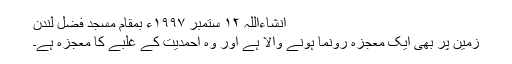
انشاءاللہ ١٢ ستمبر ١٩٩٧ء بمقام مسجد فضل لندن
زمین پر بھی ایک معجزہ رونما ہونے والا ہے اور وہ احمدیت کے غلبے کا معجزہ ہے۔